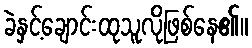
ခဲနှင့်ချောင်းထုသူလိုဖြစ်နေ၏။